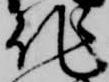
作